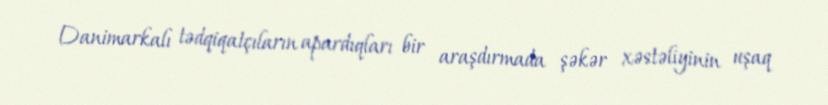
Danimarkalı tədqiqatçıların apardıqları bir araşdırmada şəkər xəstəliyinin uşaq